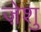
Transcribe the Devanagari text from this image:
ज़ेशु